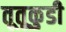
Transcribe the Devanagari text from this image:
तूतूकुडी